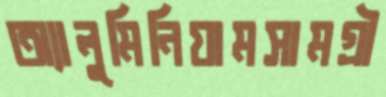
অ্যালুমিনিয়ামসামগ্রী